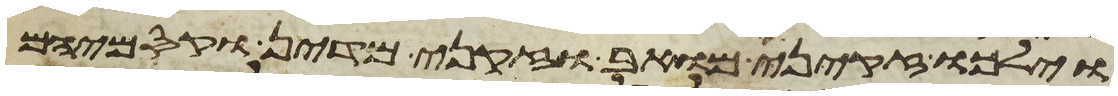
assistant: וילכו זקני מואב וזקני מדין וקסמיהם